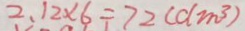
2 . 1 2 \times 6 = 7 2 ( d m ^ { 3 } )